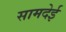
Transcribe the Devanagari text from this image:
सामदेई